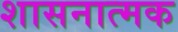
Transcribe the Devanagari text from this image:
शासनात्मक